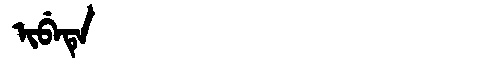
Manchu: ᡳᠪᡝᡨᡝ
Romanization: IBETE